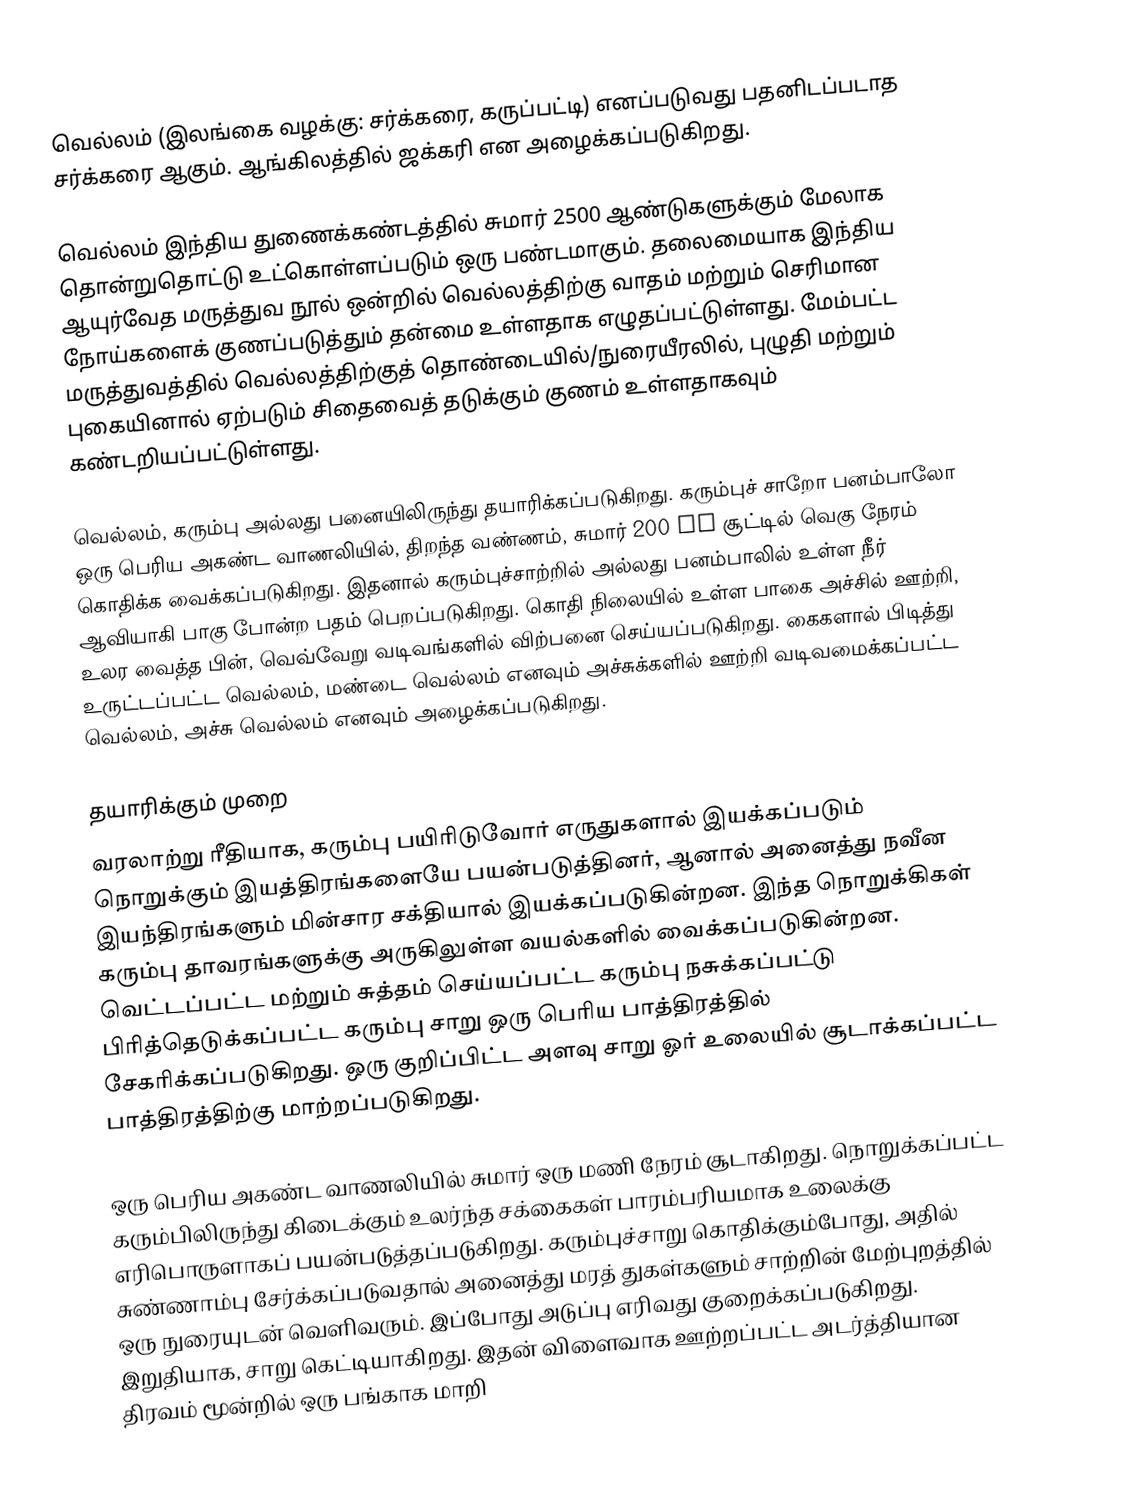
வெல்லம் (இலங்கை வழக்கு: சர்க்கரை, கருப்பட்டி) எனப்படுவது பதனிடப்படாத சர்க்கரை ஆகும். ஆங்கிலத்தில் ஜக்கரி என அழைக்கப்படுகிறது.

வெல்லம் இந்திய துணைக்கண்டத்தில் சுமார் 2500 ஆண்டுகளுக்கும் மேலாக தொன்றுதொட்டு உட்கொள்ளப்படும் ஒரு பண்டமாகும். தலைமையாக இந்திய ஆயுர்வேத மருத்துவ நூல் ஒன்றில்  வெல்லத்திற்கு வாதம் மற்றும் செரிமான நோய்களைக் குணப்படுத்தும் தன்மை உள்ளதாக எழுதப்பட்டுள்ளது. மேம்பட்ட மருத்துவத்தில் வெல்லத்திற்குத் தொண்டையில்/நுரையீரலில், புழுதி மற்றும் புகையினால் ஏற்படும் சிதைவைத் தடுக்கும் குணம் உள்ளதாகவும் கண்டறியப்பட்டுள்ளது.

வெல்லம், கரும்பு அல்லது பனையிலிருந்து தயாரிக்கப்படுகிறது. கரும்புச் சாறோ பனம்பாலோ ஒரு பெரிய அகண்ட வாணலியில், திறந்த வண்ணம், சுமார் 200 °C சூட்டில் வெகு நேரம் கொதிக்க வைக்கப்படுகிறது. இதனால் கரும்புச்சாற்றில் அல்லது பனம்பாலில் உள்ள நீர் ஆவியாகி பாகு போன்ற பதம் பெறப்படுகிறது. கொதி நிலையில் உள்ள பாகை அச்சில் ஊற்றி, உலர வைத்த பின், வெவ்வேறு வடிவங்களில் விற்பனை செய்யப்படுகிறது. கைகளால் பிடித்து உருட்டப்பட்ட வெல்லம், மண்டை வெல்லம் எனவும் அச்சுக்களில் ஊற்றி வடிவமைக்கப்பட்ட வெல்லம், அச்சு வெல்லம் எனவும் அழைக்கப்படுகிறது.

தயாரிக்கும் முறை
வரலாற்று ரீதியாக, கரும்பு பயிரிடுவோர் எருதுகளால் இயக்கப்படும் நொறுக்கும் இயத்திரங்களையே பயன்படுத்தினர், ஆனால் அனைத்து நவீன இயந்திரங்களும் மின்சார சக்தியால் இயக்கப்படுகின்றன. இந்த நொறுக்கிகள் கரும்பு தாவரங்களுக்கு அருகிலுள்ள வயல்களில் வைக்கப்படுகின்றன. வெட்டப்பட்ட மற்றும் சுத்தம் செய்யப்பட்ட கரும்பு நசுக்கப்பட்டு பிரித்தெடுக்கப்பட்ட கரும்பு சாறு ஒரு பெரிய பாத்திரத்தில் சேகரிக்கப்படுகிறது. ஒரு குறிப்பிட்ட அளவு சாறு ஓர் உலையில் சூடாக்கப்பட்ட பாத்திரத்திற்கு மாற்றப்படுகிறது.

ஒரு பெரிய அகண்ட வாணலியில் சுமார் ஒரு மணி நேரம் சூடாகிறது. நொறுக்கப்பட்ட கரும்பிலிருந்து கிடைக்கும் உலர்ந்த சக்கைகள் பாரம்பரியமாக உலைக்கு எரிபொருளாகப் பயன்படுத்தப்படுகிறது. கரும்புச்சாறு கொதிக்கும்போது, அதில் சுண்ணாம்பு சேர்க்கப்படுவதால் அனைத்து மரத் துகள்களும் சாற்றின் மேற்புறத்தில் ஒரு நுரையுடன் வெளிவரும். இப்போது அடுப்பு எரிவது குறைக்கப்படுகிறது. இறுதியாக, சாறு கெட்டியாகிறது. இதன் விளைவாக ஊற்றப்பட்ட அடர்த்தியான திரவம் மூன்றில் ஒரு பங்காக மாறி